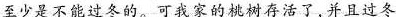
至少是不能过冬的。可我家的桃树存活了，并且过冬